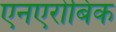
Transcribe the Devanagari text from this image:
एनएरोबिक